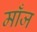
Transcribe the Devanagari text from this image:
माँज